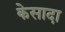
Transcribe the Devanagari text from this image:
केसादा